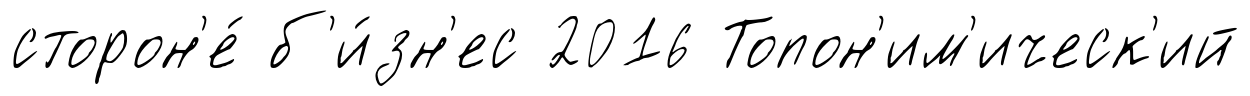
сторон'е́ б'и́зн'ес 2016 Топон'им'ическ'ий